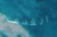
القذف